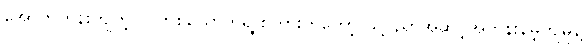
အောက်တန်းကျတဲ့ လူတစ်ယောက်ရဲ့ စကားကတော့ သူ့ပညာအဆင့်အတန်းနိမ့်ကျမှုနဲ့